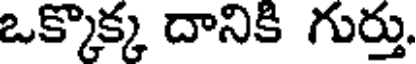
ఒక్కొక్క దానికి గుర్తు.